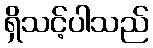
ရှိသင့်ပါသည်